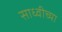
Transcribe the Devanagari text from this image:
साध्वीच्या